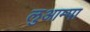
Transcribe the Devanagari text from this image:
लुआम्पा